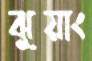
ঝুয়াং